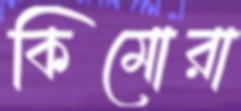
কিমোরা